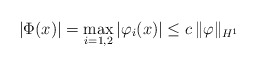
\begin{align*}|\Phi(x)|= \max_{i=1,2}|\varphi_i(x)|\leq c\,\|\varphi\|_{H^1}\end{align*}